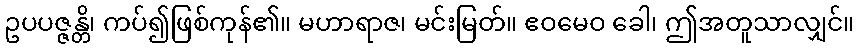
ဥပပဇ္ဇန္တိ၊ ကပ်၍ဖြစ်ကုန်၏။ မဟာရာဇ၊ မင်းမြတ်။ ဧဝမေဝ ခေါ၊ ဤအတူသာလျှင်။